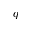
q